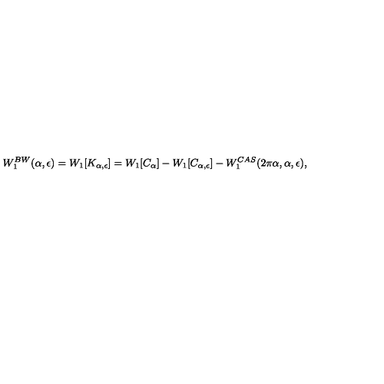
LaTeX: W _ { 1 } ^ { B W } ( \alpha , \epsilon ) = W _ { 1 } [ K _ { \alpha , \epsilon } ] = W _ { 1 } [ C _ { \alpha } ] - W _ { 1 } [ C _ { \alpha , \epsilon } ] - W _ { 1 } ^ { C A S } ( 2 \pi \alpha , \alpha , \epsilon ) ,